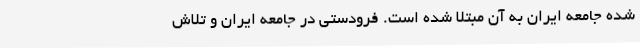
شده جامعه ایران به آن مبتلا شده است. فرودستی در جامعه ایران و تلاش